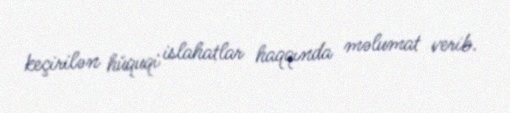
keçirilən hüquqi islahatlar haqqında məlumat verib.